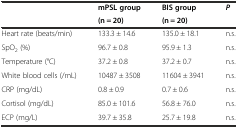
<table><thead><tr><td rowspan="2"></td><td><b>mPSL group</b></td><td><b>BIS group</b></td><td rowspan="2"><b><i>P</i></b></td></tr><tr><td><b>(n = 20)</b></td><td><b>(n = 20)</b></td></tr></thead><tbody><tr><td>Heart rate (beats/min)</td><td>133.3 ± 14.6</td><td>135.0 ± 18.1</td><td>n.s.</td></tr><tr><td>SpO<sub>2</sub> (%)</td><td>96.7 ± 0.8</td><td>95.9 ± 1.3</td><td>n.s.</td></tr><tr><td>Temperature (°C)</td><td>37.2 ± 0.8</td><td>37.2 ± 0.7</td><td>n.s.</td></tr><tr><td>White blood cells (/mL)</td><td>10487 ± 3508</td><td>11604 ± 3941</td><td>n.s.</td></tr><tr><td>CRP (mg/dL)</td><td>0.8 ± 0.9</td><td>0.7 ± 0.6</td><td>n.s.</td></tr><tr><td>Cortisol (mg/dL)</td><td>85.0 ± 101.6</td><td>56.8 ± 76.0</td><td>n.s.</td></tr><tr><td>ECP (mg/L)</td><td>39.7 ± 35.8</td><td>25.7 ± 19.8</td><td>n.s.</td></tr></tbody></table>